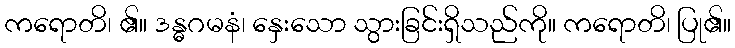
ကရောတိ၊ ၏။ ဒန္ဓဂမနံ၊ နှေးသော သွားခြင်းရှိသည်ကို။ ကရောတိ၊ ပြု၏။